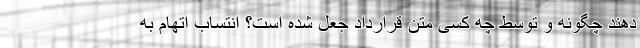
دهند چگونه و توسط چه کسی متن قرارداد جعل شده است؟ انتساب اتهام به